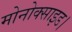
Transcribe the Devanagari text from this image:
मोनोक्साइड।